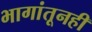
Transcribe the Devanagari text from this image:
भागांतूनही